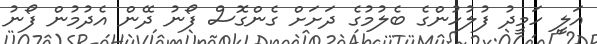
އަލީ ހަމީދު ފުލުހުންގެ ބެލުމުގެ ދަށަށް ގެންގޮސް ފޯނު ދޭން އެދުމުން ފޯނު